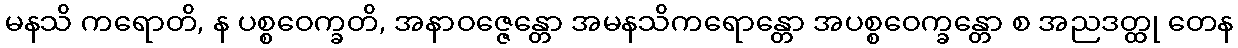
မနသိ ကရောတိ, န ပစ္စဝေက္ခတိ, အနာဝဇ္ဇေန္တော အမနသိကရောန္တော အပစ္စဝေက္ခန္တော စ အညဒတ္ထု တေန